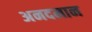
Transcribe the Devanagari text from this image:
अनदमान